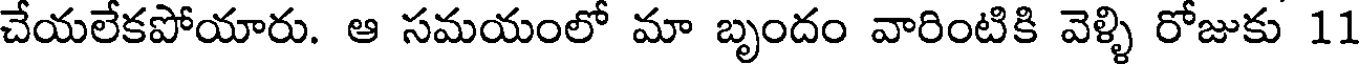
చేయలేకపోయారు. ఆ సమయంలో మా బృందం వారింటికి వెళ్ళి రోజుకు 11